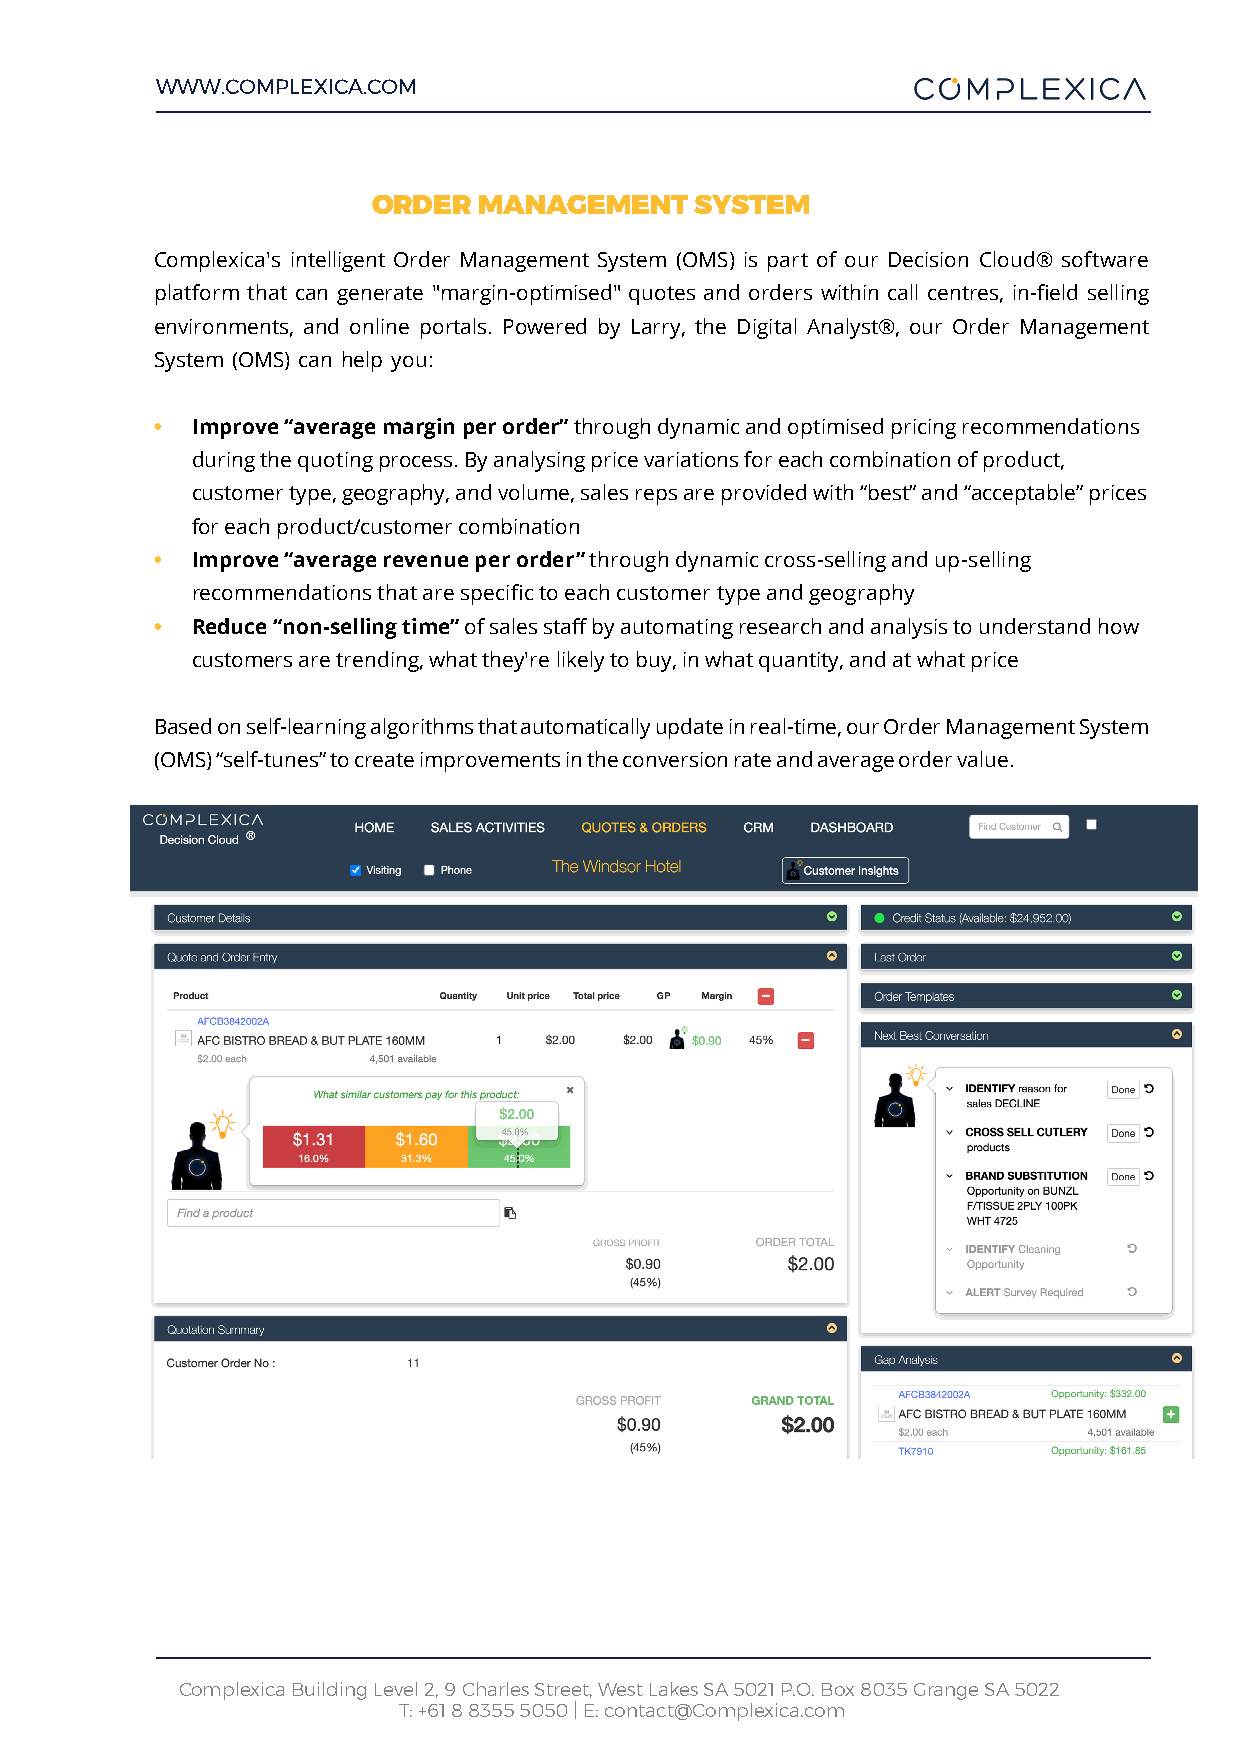
WWW.COMPLEXICA.COM
 ORDER  MANAGEMENT    SYSTEM
 Complexica's intelligent Order Management System (OMS) is part of our Decision Cloud® software
 platform that can generate "margin-optimised" quotes and orders within call centres, in-field selling
 environments, and online portals. Powered by Larry, the Digital Analyst®, our Order Management
 System (OMS) can help you:
 •  Improve “average margin per order” through dynamic and optimised pricing recommendations
 during the quoting process. By analysing price variations for each combination of product,
 customer type, geography, and volume, sales reps are provided with “best” and “acceptable” prices
 for each product/customer combination
 •  Improve “average revenue per order” through dynamic cross-selling and up-selling
 recommendations that are specific to each customer type and geography
 •  Reduce “non-selling time” of sales staff by automating research and analysis to understand how
 customers are trending, what they're likely to buy, in what quantity, and at what price
 Based on self-learning algorithms that automatically update in real-time, our Order Management System
 (OMS) “self-tunes” to create improvements in the conversion rate and average order value.
 Complexica Building Level 2, 9 Charles Street, West Lakes SA 5021 P.O. Box 8035 Grange SA 5022
 T: +61 8 8355 5050 | E: contact@Complexica.com